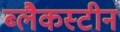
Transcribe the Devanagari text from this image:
ब्लैकस्टीन